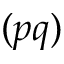
( p q )